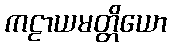
ကဠာယမတ္တိယော